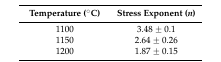
| Temperature (°C) | Stress Exponent (n) |
 | --- | --- |
 | 1100 | 3.48 ± 0.1 |
 | 1150 | 2.64 ± 0.26 |
 | 1200 | 1.87 ± 0.15 |